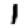
Digit: 1